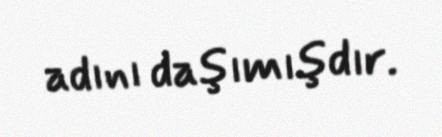
adını daşımışdır.